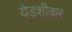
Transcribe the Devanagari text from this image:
येडशीकर